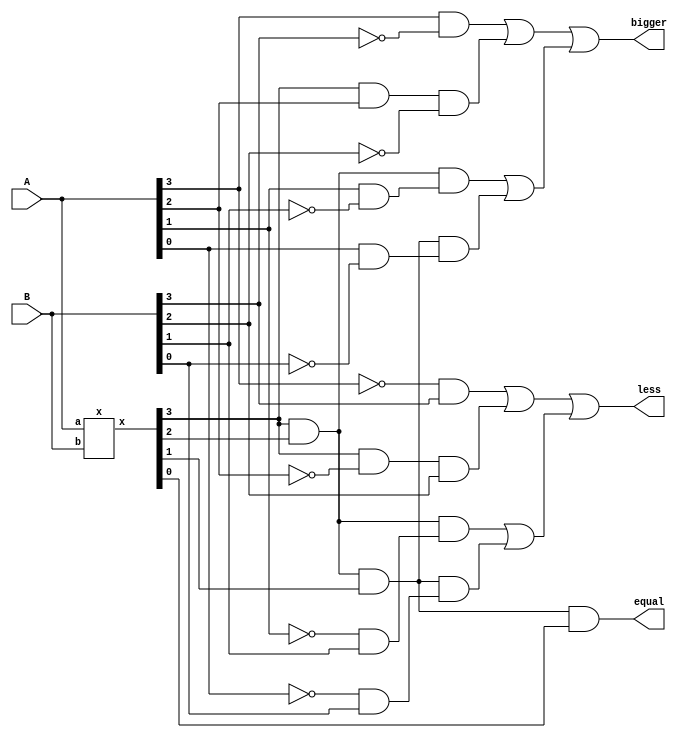
`timescale 1ns / 1ps

module comparator(
    input [3:0] A, B,
    output equal, bigger, less
    );
    wire [3:0] X;
    x x0(.a(A), .b(B), .x(X));
    
    // (A = B) = x3x2x1x0
    // assign o[0] = X[3] & X[2] & X[1] & X[0];
    wire net0, net1;
    and u0(net0, X[3], X[2]);
    and u1(net1, net0, X[1]);
    and u2(equal, net1, X[0]);
    
    // (A > B) = A3B3' + x3A2B2' + x3x2A1B1' + x3x2x1A0B0'
    // assign o[1] = (A[3]&~B[3]) | (X[3]&A[2]&~B[2]) | (X[3]&X[2]&A[1]&~B[1]) | (X[3]&X[2]&X[1]&A[0]&~B[0]);
    wire net2, net3, net4, net5, net6, net7, net8, net9, net10, net11, net12, net13;
    and u3(net2, A[3], ~B[3]);
    
    and u4(net3, X[3], A[2]);
    and u5(net4, net3, ~B[2]);
    
    and u6(net5, X[3], X[2]);
    and u7(net6, A[1], ~B[1]);
    and u8(net7, net5, net6);
    
    and u9(net8, X[3], X[2]);
    and u10(net9, net8, X[1]);
    and u11(net10, A[0], ~B[0]);
    and u12(net11, net9, net10);
    
    or  u13(net12, net2, net4);
    or  u14(net13, net7, net11);
    or  u15(bigger, net12, net13);
    // (A < B) = A3'B3 + x3A2'B2 + x3x2A1'B1 + x3x2x1A0'B0
    //assign o[2] = (~A[3]&B[3]) | (X[3]&~A[2]&B[2]) | (X[3]&X[2]&~A[1]&B[1]) | (X[3]&X[2]&X[1]&~A[0]&B[0]);  
    wire net14, net15, net16, net17, net18, net19, net20, net21, net22, net23, net24, net25;
    and u16(net14, ~A[3], B[3]);
    
    and u17(net15, X[3], ~A[2]);
    and u18(net16, net15, B[2]);
    
    and u19(net17, X[3], X[2]);
    and u20(net18, ~A[1], B[1]);
    and u21(net19, net17, net18);
    
    and u22(net20, X[3], X[2]);
    and u23(net21, net20, X[1]);
    and u24(net22, ~A[0], B[0]);
    and u25(net23, net21, net22);
    
    or  u26(net24, net14, net16);
    or  u27(net25, net19, net23);
    or  u28(less, net24, net25);  
endmodule

module x(
    input [3:0] a, b,
    output [3:0] x
    );
    assign x[0] = (a[0] & b[0]) | (~a[0] & ~b[0]);
    assign x[1] = (a[1] & b[1]) | (~a[1] & ~b[1]);
    assign x[2] = (a[2] & b[2]) | (~a[2] & ~b[2]);
    assign x[3] = (a[3] & b[3]) | (~a[3] & ~b[3]);
endmodule